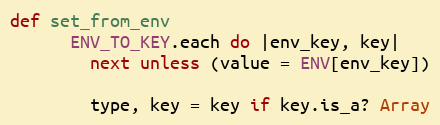
Language: Ruby
def set_from_env
      ENV_TO_KEY.each do |env_key, key|
        next unless (value = ENV[env_key])

        type, key = key if key.is_a? Array